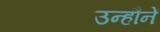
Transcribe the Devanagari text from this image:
उन्हौनें